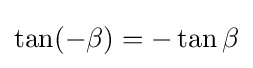
\tan(-\beta )=-\tan \beta